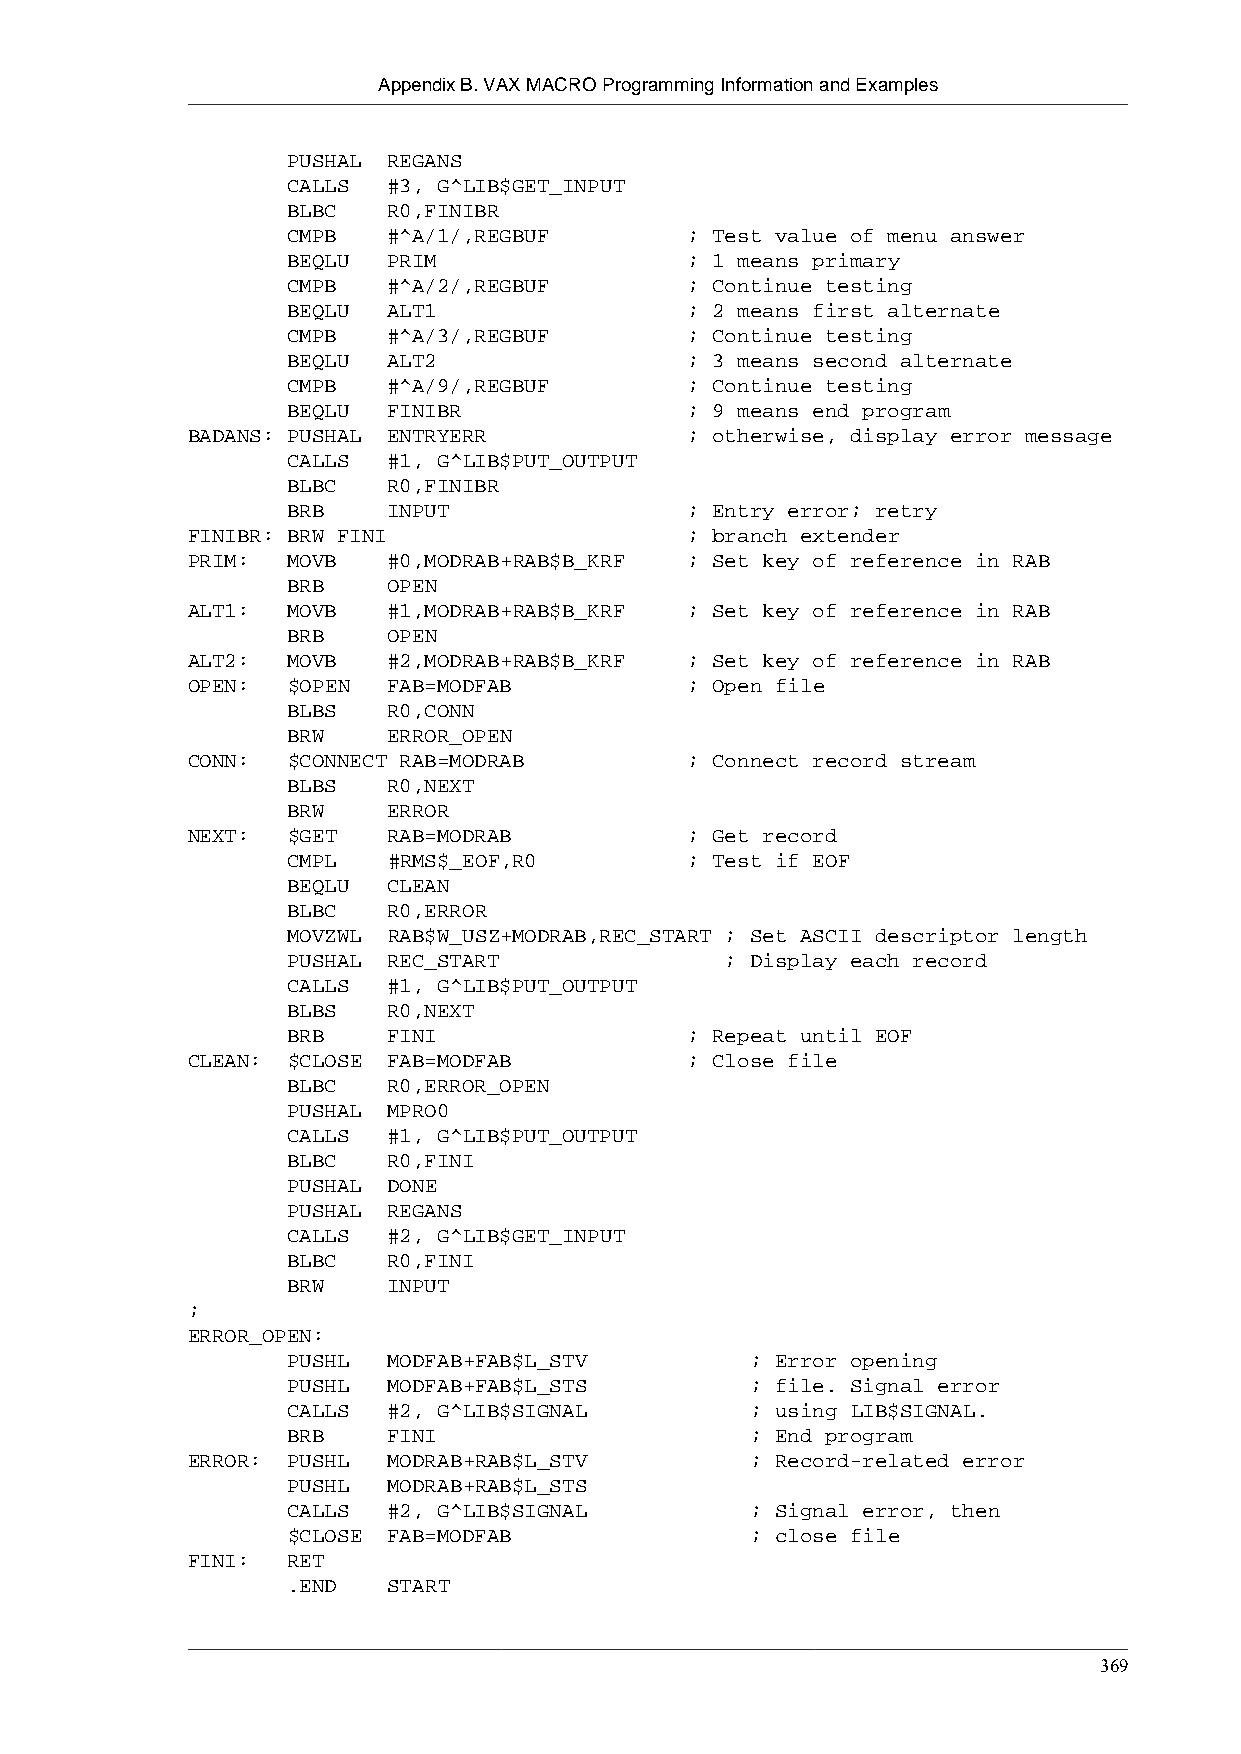
Appendix B. VAX MACRO Programming Information and Examples
 PUSHAL REGANS
 CALLS  #3, G^LIB$GET_INPUT
 BLBC   R0,FINIBR
 CMPB   #^A/1/,REGBUF       ; Test value of menu answer
 BEQLU  PRIM                ; 1 means primary
 CMPB   #^A/2/,REGBUF       ; Continue testing
 BEQLU  ALT1                ; 2 means first alternate
 CMPB   #^A/3/,REGBUF       ; Continue testing
 BEQLU  ALT2                ; 3 means second alternate
 CMPB   #^A/9/,REGBUF       ; Continue testing
 BEQLU  FINIBR              ; 9 means end program
 BADANS: PUSHAL ENTRYERR           ; otherwise, display error message
 CALLS  #1, G^LIB$PUT_OUTPUT
 BLBC   R0,FINIBR
 BRB    INPUT               ; Entry error; retry
 FINIBR: BRW FINI                  ; branch extender
 PRIM:  MOVB   #0,MODRAB+RAB$B_KRF ; Set key of reference in RAB
 BRB    OPEN
 ALT1:  MOVB   #1,MODRAB+RAB$B_KRF ; Set key of reference in RAB
 BRB    OPEN
 ALT2:  MOVB   #2,MODRAB+RAB$B_KRF ; Set key of reference in RAB
 OPEN:  $OPEN  FAB=MODFAB          ; Open file
 BLBS   R0,CONN
 BRW    ERROR_OPEN
 CONN:  $CONNECT RAB=MODRAB        ; Connect record stream
 BLBS   R0,NEXT
 BRW    ERROR
 NEXT:  $GET   RAB=MODRAB          ; Get record
 CMPL   #RMS$_EOF,R0        ; Test if EOF
 BEQLU  CLEAN
 BLBC   R0,ERROR
 MOVZWL RAB$W_USZ+MODRAB,REC_START ; Set ASCII descriptor length
 PUSHAL REC_START             ; Display each record
 CALLS  #1, G^LIB$PUT_OUTPUT
 BLBS   R0,NEXT
 BRB    FINI                ; Repeat until EOF
 CLEAN: $CLOSE FAB=MODFAB          ; Close file
 BLBC   R0,ERROR_OPEN
 PUSHAL MPRO0
 CALLS  #1, G^LIB$PUT_OUTPUT
 BLBC   R0,FINI
 PUSHAL DONE
 PUSHAL REGANS
 CALLS  #2, G^LIB$GET_INPUT
 BLBC   R0,FINI
 BRW    INPUT
 ;
 ERROR_OPEN:
 PUSHL  MODFAB+FAB$L_STV        ; Error opening
 PUSHL  MODFAB+FAB$L_STS        ; file. Signal error
 CALLS  #2, G^LIB$SIGNAL        ; using LIB$SIGNAL.
 BRB    FINI                    ; End program
 ERROR: PUSHL  MODRAB+RAB$L_STV        ; Record-related error
 PUSHL  MODRAB+RAB$L_STS
 CALLS  #2, G^LIB$SIGNAL        ; Signal error, then
 $CLOSE FAB=MODFAB              ; close file
 FINI:  RET
 .END   START
 369